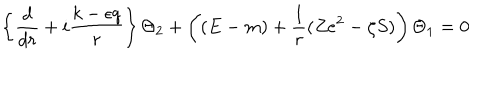
LaTeX: \left\{ \frac d { d r } + i \frac { k - \epsilon q } r \right\} \Theta _ { 2 } + \left( ( E - m ) + \frac 1 r ( Z e ^ { 2 } - \zeta S ) \right) \Theta _ { 1 } = 0